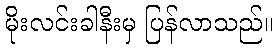
မိုးလင်းခါနီးမှ ပြန်လာသည်။